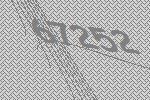
67252